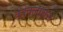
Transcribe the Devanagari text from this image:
कोक्लाबेन